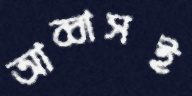
আব্বাসই